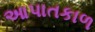
આપાતકાળ